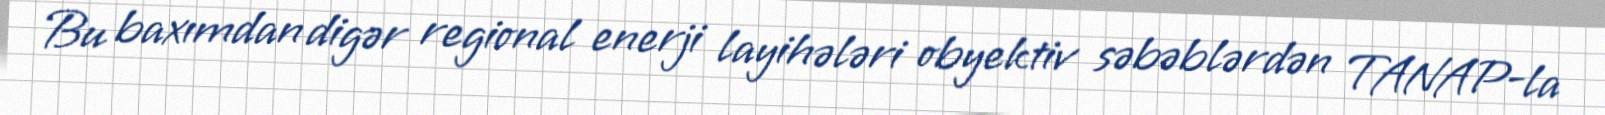
Bu baxımdan digər regional enerji layihələri obyektiv səbəblərdən TANAP-la